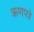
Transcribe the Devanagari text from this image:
ऋणपत्रे